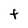
Character: t